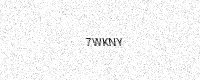
Text: 7WKNY